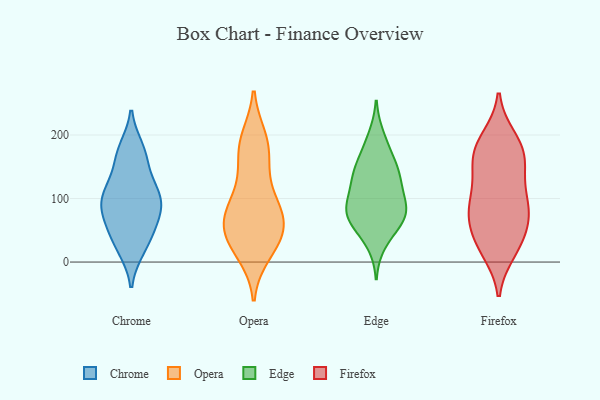
{"axis": {"x": "Market Share (%)", "y": "Value"}, "legend": ["Chrome", "Edge", "Firefox", "Opera"], "data": [{"x": "", "y": 170, "type": "Chrome"}, {"x": "", "y": 110, "type": "Chrome"}, {"x": "", "y": 96, "type": "Chrome"}, {"x": "", "y": 109, "type": "Chrome"}, {"x": "", "y": 22, "type": "Chrome"}, {"x": "", "y": 120, "type": "Chrome"}, {"x": "", "y": 177, "type": "Chrome"}, {"x": "", "y": 89, "type": "Chrome"}, {"x": "", "y": 50, "type": "Chrome"}, {"x": "", "y": 88, "type": "Chrome"}, {"x": "", "y": 73, "type": "Chrome"}, {"x": "", "y": 54, "type": "Chrome"}, {"x": "", "y": 25, "type": "Chrome"}, {"x": "", "y": 162, "type": "Chrome"}, {"x": "", "y": 91, "type": "Opera"}, {"x": "", "y": 177, "type": "Opera"}, {"x": "", "y": 50, "type": "Opera"}, {"x": "", "y": 34, "type": "Opera"}, {"x": "", "y": 61, "type": "Opera"}, {"x": "", "y": 99, "type": "Opera"}, {"x": "", "y": 14, "type": "Opera"}, {"x": "", "y": 165, "type": "Opera"}, {"x": "", "y": 132, "type": "Opera"}, {"x": "", "y": 194, "type": "Opera"}, {"x": "", "y": 39, "type": "Opera"}, {"x": "", "y": 21, "type": "Opera"}, {"x": "", "y": 192, "type": "Opera"}, {"x": "", "y": 76, "type": "Opera"}, {"x": "", "y": 71, "type": "Opera"}, {"x": "", "y": 65, "type": "Opera"}, {"x": "", "y": 89, "type": "Edge"}, {"x": "", "y": 104, "type": "Edge"}, {"x": "", "y": 30, "type": "Edge"}, {"x": "", "y": 148, "type": "Edge"}, {"x": "", "y": 130, "type": "Edge"}, {"x": "", "y": 80, "type": "Edge"}, {"x": "", "y": 53, "type": "Edge"}, {"x": "", "y": 124, "type": "Edge"}, {"x": "", "y": 197, "type": "Edge"}, {"x": "", "y": 76, "type": "Edge"}, {"x": "", "y": 77, "type": "Edge"}, {"x": "", "y": 137, "type": "Edge"}, {"x": "", "y": 76, "type": "Edge"}, {"x": "", "y": 67, "type": "Edge"}, {"x": "", "y": 178, "type": "Edge"}, {"x": "", "y": 151, "type": "Edge"}, {"x": "", "y": 171, "type": "Firefox"}, {"x": "", "y": 74, "type": "Firefox"}, {"x": "", "y": 164, "type": "Firefox"}, {"x": "", "y": 77, "type": "Firefox"}, {"x": "", "y": 143, "type": "Firefox"}, {"x": "", "y": 67, "type": "Firefox"}, {"x": "", "y": 20, "type": "Firefox"}, {"x": "", "y": 165, "type": "Firefox"}, {"x": "", "y": 92, "type": "Firefox"}, {"x": "", "y": 32, "type": "Firefox"}, {"x": "", "y": 122, "type": "Firefox"}, {"x": "", "y": 88, "type": "Firefox"}, {"x": "", "y": 65, "type": "Firefox"}, {"x": "", "y": 32, "type": "Firefox"}, {"x": "", "y": 111, "type": "Firefox"}, {"x": "", "y": 195, "type": "Firefox"}, {"x": "", "y": 193, "type": "Firefox"}, {"x": "", "y": 171, "type": "Firefox"}, {"x": "", "y": 17, "type": "Firefox"}]}